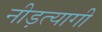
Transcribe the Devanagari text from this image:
नीड़त्यागी